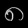
Digit: ၈